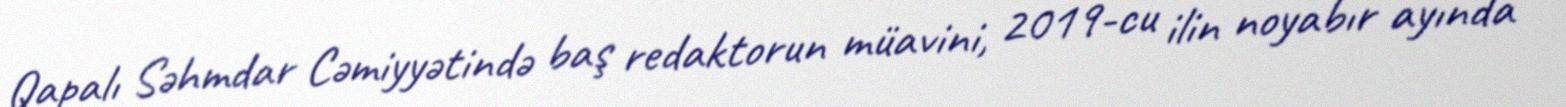
Qapalı Səhmdar Cəmiyyətində baş redaktorun müavini, 2019-cu ilin noyabır ayında